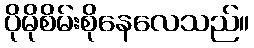
ပိုမိုစိမ်းစိုနေလေသည်။